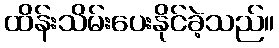
ထိန်းသိမ်းပေးနိုင်ခဲ့သည်။